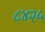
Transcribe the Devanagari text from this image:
८४२५